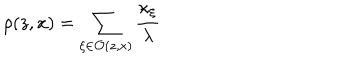
\rho ( z , x ) = \sum _ { \xi \in \mathcal { O } ( z , x ) } \frac { \kappa _ { \xi } } { \lambda }